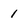
Character: 1